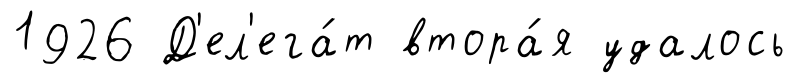
1926 Д'ел'ега́т втора́я удалось